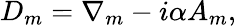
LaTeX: D_{m}=\nabla_{m}-i\alpha A_{m},